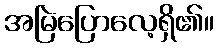
အမြဲပြောလေ့ရှိ၏။